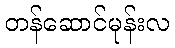
တန်ဆောင်မုန်းလ